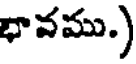
భావము.)